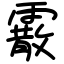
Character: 霰